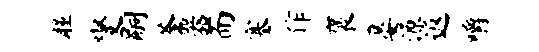
瞳燮嗣釜器而塞作褒晏源返嚼